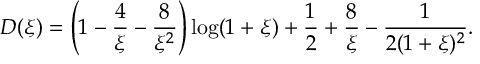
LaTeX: D ( \xi ) = \left( 1 - \frac { 4 } { \xi } - \frac { 8 } { \xi ^ { 2 } } \right) \log ( 1 + \xi ) + \frac { 1 } { 2 } + \frac { 8 } { \xi } - \frac { 1 } { 2 ( 1 + \xi ) ^ { 2 } } .